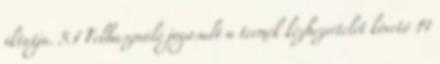
iktatja. 5.1 Felhasználó jogosult a termék kézhezvételét követő 14